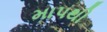
માપથી